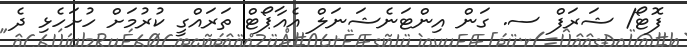
ފޮޓޯ/ ޝަރަފް ސ. ގަން އިންޓަނެޝަނަލް އެއާޕޯޓް ތަރައްގީ ކުރުމަށް ހުށަހެޅި ދެ